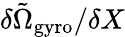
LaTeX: \delta\tilde{\Omega}_{\mathrm{gyro}}/\delta X